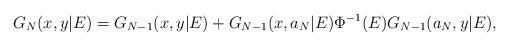
LaTeX: \begin{align*} G_N(x,y|E)=G_{N-1}(x, y|E)+G_{N-1}(x, a_N|E)\Phi^{-1}(E)G_{N-1}(a_N,y|E),\end{align*}